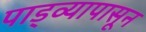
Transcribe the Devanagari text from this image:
पाड्व्यापासून